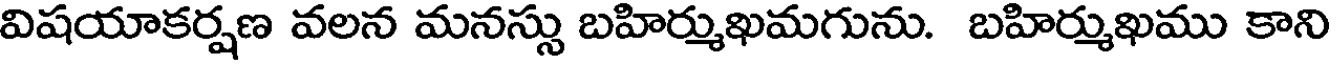
విషయాకర్షణ వలన మనస్సు బహిర్ముఖమగును. బహిర్ముఖము కాని